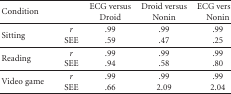
<table><thead><tr><td><b>Condition</b></td><td></td><td><b>ECG versus Droid</b></td><td><b>Droid versus Nonin</b></td><td><b>ECG versus Nonin</b></td></tr></thead><tbody><tr><td>Sitting</td><td><i>r</i>SEE</td><td>.99.59</td><td>.99.47</td><td>.99.25</td></tr><tr><td>Reading</td><td><i>r</i>SEE</td><td>.99.94</td><td>.99.58</td><td>.99.80</td></tr><tr><td>Video game</td><td><i>r</i>SEE</td><td>.99.66</td><td>.992.09</td><td>.992.04</td></tr></tbody></table>